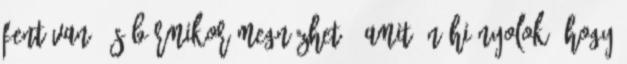
fent van, és bármikor megnézhető. Amit én hiányolok, hogy